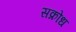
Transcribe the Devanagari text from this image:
सक्रोध